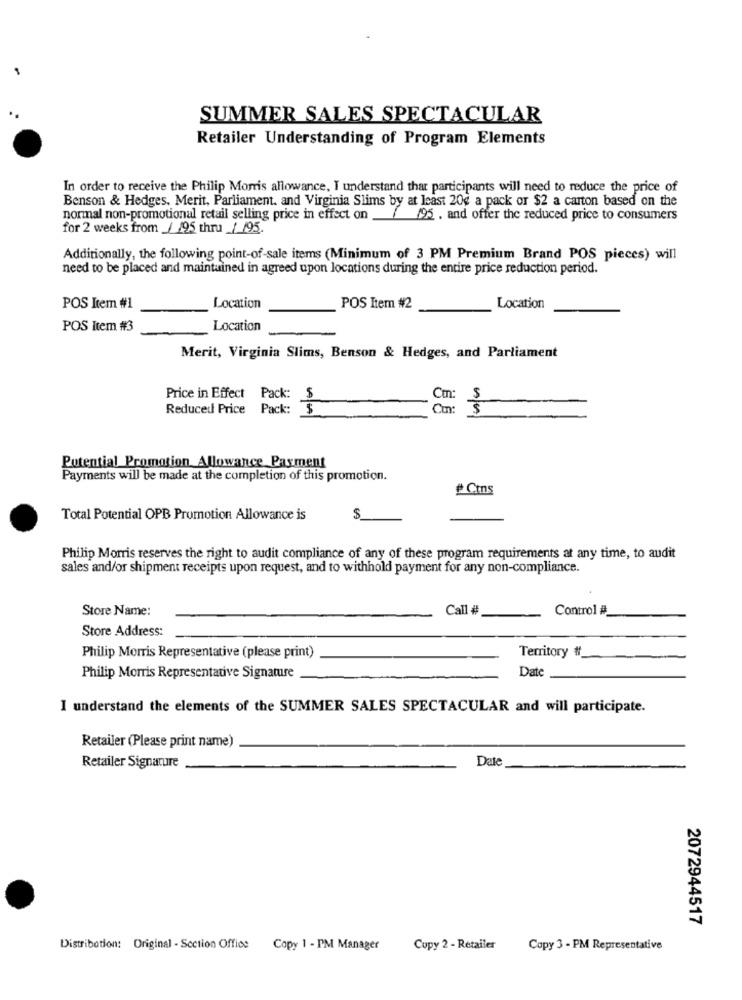
SUMMER SALES SPECTACULAR
Retailer Understanding of Program Elements
In order to receive the Philip Morris allowance, I understand that participants will need to reduce the price of
Benson & Hedges, Merit, Parliament. and Virginia Slims by at least 20g a pack or $2 a carton based on the
normal non-promotional retail selling price in effect on
/ 195. and offer the reduced price to consumers
for 2 weeks from _/ 195 thru_/ /95.
Additionally, the following point-of-sale items (Minimum of 3 PM Premium Brand POS pieces) will
need to be placed and maintained in agreed upon locations during the entire price reduction period.
POS Item #1
Location
POS Item #2
Location
POS Item #3
Location
Merit, Virginia Slims, Benson & Hedges, and Parliament
Price in Effect Pack: $
Ctn: $
Reduced Price Pack: $
Con:
Potential Promotion Allowance Payment
Payments will be made at the completion of this promotion.
# Cons
Total Potential OPB Promotion Allowance is
S
Philip Morris reserves the right to audit compliance of any of these program requirements at any time, to audit
sales and/or shipment receipts upon request, and to withhold payment for any non-compliance.
Store Name:
Call #
Control #
Store Address:
Territory #
Philip Morris Representative (please print)
Date
Philip Morris Representative Signature
I understand the elements of the SUMMER SALES SPECTACULAR and will participate.
Retailer (Please print name)
Date
Retailer Signature
2072944517
Distribation: Original - Section Office Copy 1 - PM Manager
Copy 2 - Retailer
Copy 3 - PM Representative